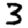
Digit: 3